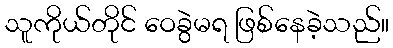
သူကိုယ်တိုင် ဝေခွဲမရ ဖြစ်နေခဲ့သည်။